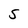
Character: S